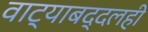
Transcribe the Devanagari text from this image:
वाट्याबद्दलही